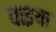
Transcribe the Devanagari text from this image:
वाइया